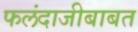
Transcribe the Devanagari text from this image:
फलंदाजीबाबत